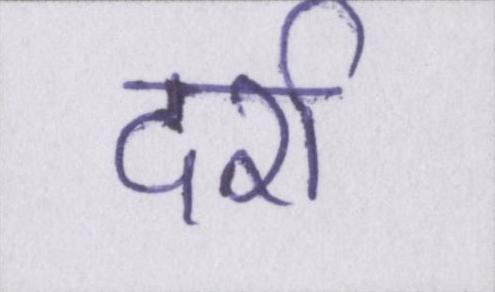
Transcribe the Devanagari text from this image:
दर्रा